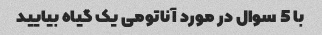
با 5 سوال در مورد آناتومی یک گیاه بیایید